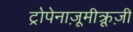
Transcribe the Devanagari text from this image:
ट्रोपेनाज़ूमीक्रूज़ी